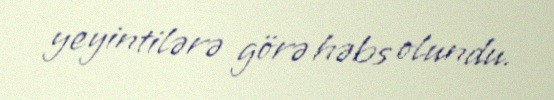
yeyintilərə görə həbs olundu.